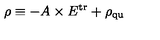
\rho \equiv - A \times E ^ { \mathrm { t r } } + \rho _ { \mathrm { q u } }